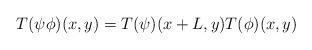
LaTeX: \begin{align*}T(\psi\phi)(x,y) = T(\psi)(x+L,y)T(\phi)(x,y)\end{align*}